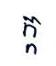
ក្ក